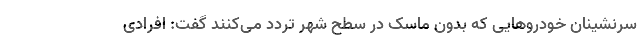
سرنشینان خودروهایی که بدون ماسک در سطح شهر تردد می‌کنند گفت: افرادی